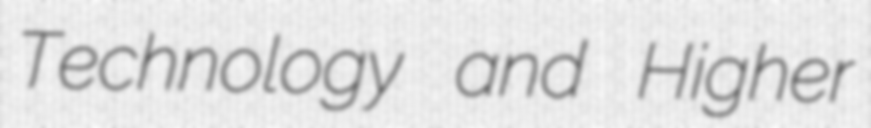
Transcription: Technology and Higher